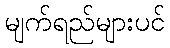
မျက်ရည်များပင်